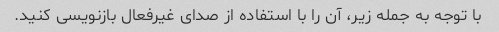
با توجه به جمله زیر، آن را با استفاده از صدای غیرفعال بازنویسی کنید.